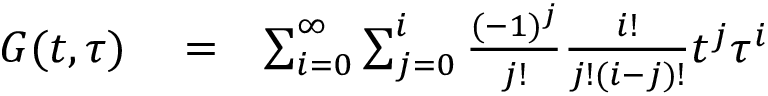
\begin{array} { r l r } { G ( t , \tau ) } & { { } = } & { \sum _ { i = 0 } ^ { \infty } \sum _ { j = 0 } ^ { i } \frac { ( - 1 ) ^ { j } } { j ! } \frac { i ! } { j ! ( i - j ) ! } t ^ { j } \tau ^ { i } } \end{array}